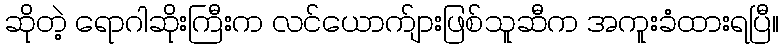
ဆိုတဲ့ ရောဂါဆိုးကြီးက လင်ယောက်ျားဖြစ်သူဆီက အကူးခံထားရပြီ။